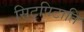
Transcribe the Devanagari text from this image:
सिटपिटाति